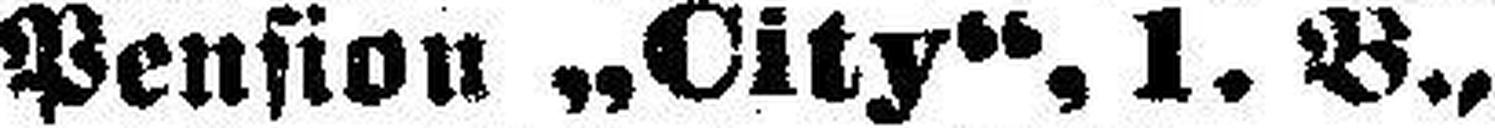
Pension „City“, 1. B.,